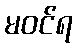
မဝင်ရ